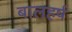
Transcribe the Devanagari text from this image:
बालहर्ष